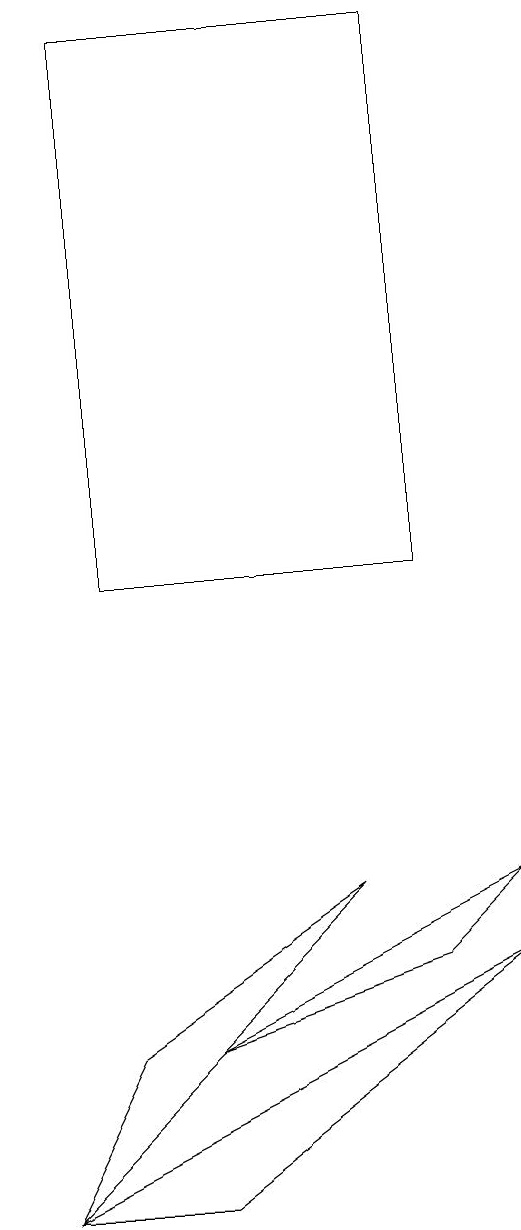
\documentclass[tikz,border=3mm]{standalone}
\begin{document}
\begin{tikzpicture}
\draw (7,6) -- (4,4) -- (3,2) -- cycle;
\draw (9,5) -- (3,2) -- (5,2) -- cycle;
\draw (8,17) rectangle (4,10);
\draw (8,5) -- (9,6) -- (5,4) -- cycle;
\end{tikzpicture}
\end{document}